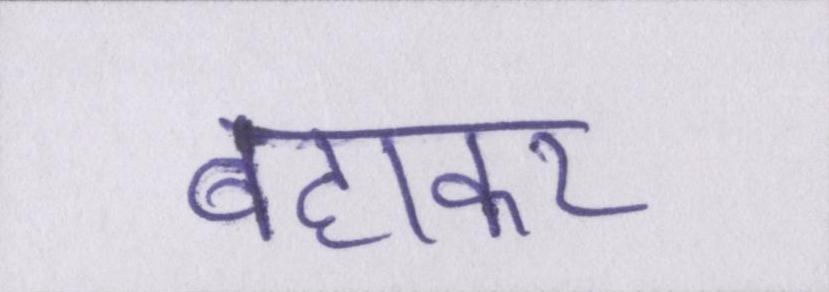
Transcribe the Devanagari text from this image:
बहाकर